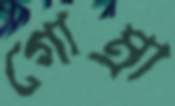
গোম্‌রা